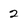
Character: 2